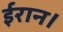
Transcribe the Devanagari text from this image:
ईरान।